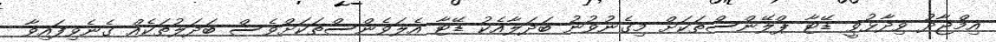
އިމްޖާދު ވިދާޅުވީ ޑޭޓާ ޕްލޭންސްތަކަށް މިގެނުވުނު ބަދަލާއެކު ޑޭޓާ އެލަވެންސްތަކަށްވެސް ބަދަލުތަކެއް ގެނެވިފައިވާ